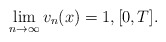
\begin{align*}\lim_{n\to \infty} v_{n}(x) = 1, \mathopen{[}0,T\mathclose{]}.\end{align*}